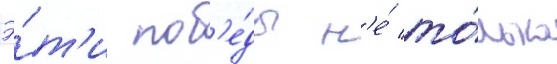
Э́т'и поб'е́ды н'е́ то́лько